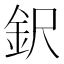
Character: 鈬